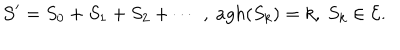
{ \cal S } ^ { \prime } = S _ { 0 } + S _ { 1 } + S _ { 2 } + \cdots \; , \ a g h ( S _ { k } ) = k , \ S _ { k } \in { \cal E } .